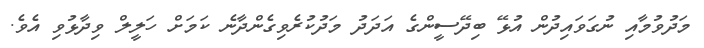
މަދުވުމާއި ނުގަވައިދުން އުޅޭ ބިދޭސީންގެ އަދަދު މަދުކުރެވިގެންދާނެ ކަމަށް ހަލީލް ވިދާޅުވި އެވެ.